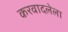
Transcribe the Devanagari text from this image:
करवादलेला